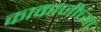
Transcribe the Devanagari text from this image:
काकाजीच्या